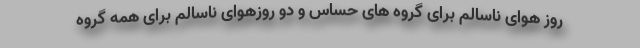
روز هوای ناسالم برای گروه های حساس و دو روزهوای ناسالم برای همه گروه